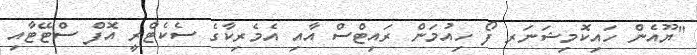
"ޔޫއެން ހައިކޮމިޝަނަރ ފޯ ހިއުމަން ރައިޓްސް އާއި އެމެރިކާގެ ސެކެޓްރީ އޮފް ސްޓޭޓާއި